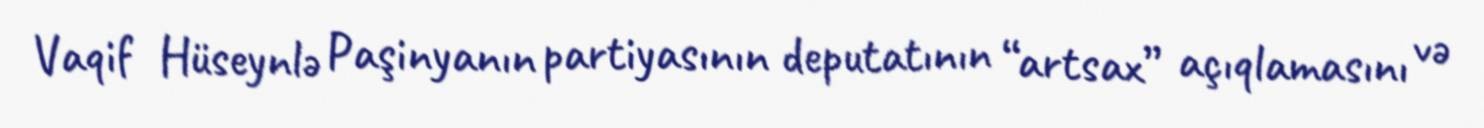
Vaqif Hüseynlə Paşinyanın partiyasının deputatının “artsax” açıqlamasını və